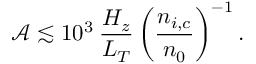
\mathcal { A } \lesssim 1 0 ^ { 3 } \: \frac { H _ { z } } { L _ { T } } \left( \frac { n _ { i , c } } { n _ { 0 } } \right) ^ { - 1 } .